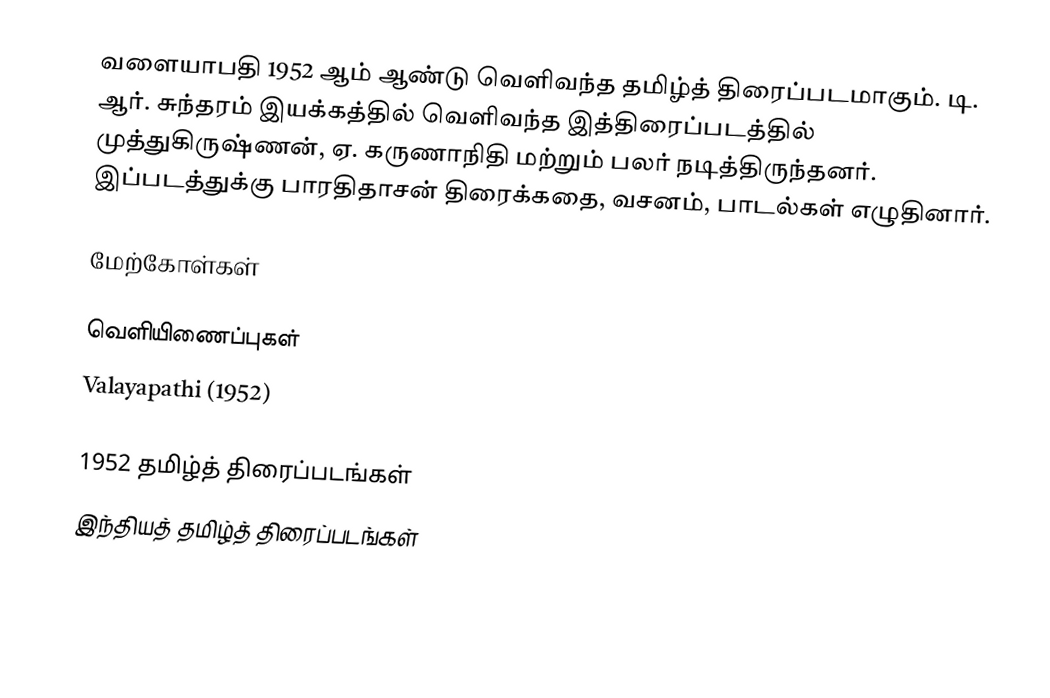
வளையாபதி 1952 ஆம் ஆண்டு வெளிவந்த தமிழ்த் திரைப்படமாகும். டி. ஆர். சுந்தரம் இயக்கத்தில் வெளிவந்த இத்திரைப்படத்தில் முத்துகிருஷ்ணன், ஏ. கருணாநிதி மற்றும் பலர் நடித்திருந்தனர். இப்படத்துக்கு  பாரதிதாசன் திரைக்கதை, வசனம், பாடல்கள் எழுதினார்.

மேற்கோள்கள்

வெளியிணைப்புகள்
 Valayapathi (1952)

1952 தமிழ்த் திரைப்படங்கள்
இந்தியத் தமிழ்த் திரைப்படங்கள்